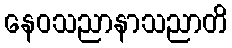
နေဝသညာနာသညာတိ